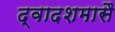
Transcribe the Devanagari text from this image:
द्वादशमासै